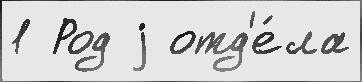
1 Род j отд'е́ла